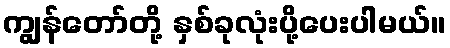
ကျွန်တော်တို့ နှစ်ခုလုံးပို့ပေးပါမယ်။